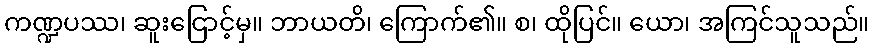
ကဏ္ဍပဿ၊ ဆူးငြောင့်မှ။ ဘာယတိ၊ ကြောက်၏။ စ၊ ထိုပြင်။ ယော၊ အကြင်သူသည်။